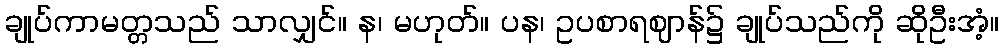
ချုပ်ကာမတ္တသည် သာလျှင်။ န၊ မဟုတ်။ ပန၊ ဥပစာရဈာန်၌ ချုပ်သည်ကို ဆိုဦးအံ့။